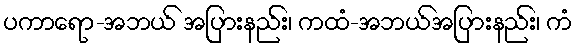
ပကာရော-အဘယ် အပြားနည်း၊ ကထံ-အဘယ်အပြားနည်း၊ ကံ